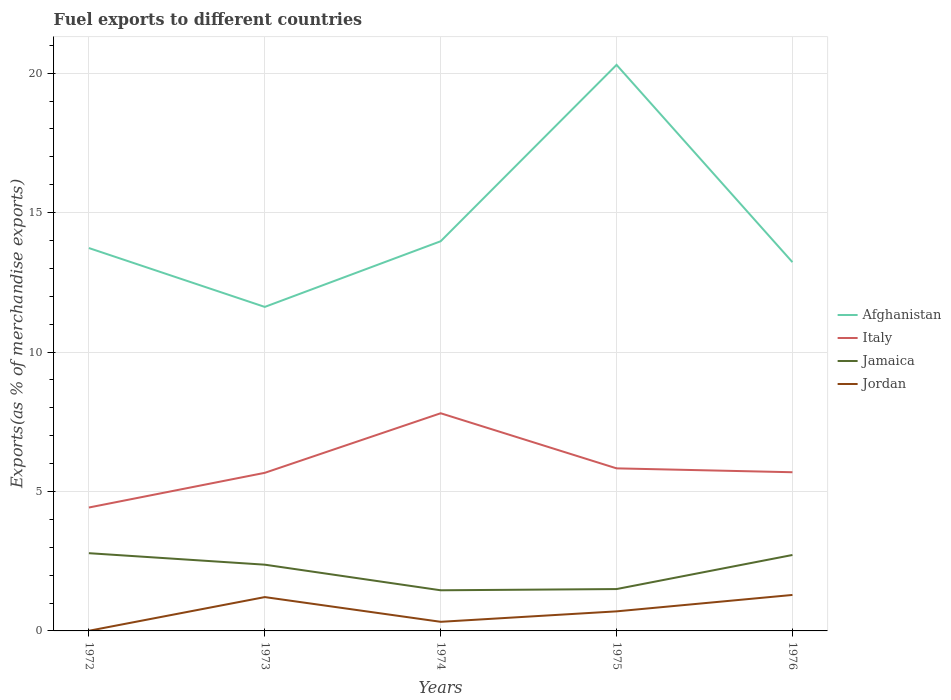
| Years | Afghanistan | Italy | Jamaica | Jordan |
 | --- | --- | --- | --- | --- |
 | 1972 | 13.7 | 4.43 | 2.79 | 0.00518 |
 | 1973 | 11.6 | 5.67 | 2.38 | 1.21 |
 | 1974 | 14 | 7.81 | 1.46 | 0.327 |
 | 1975 | 20.3 | 5.83 | 1.5 | 0.702 |
 | 1976 | 13.2 | 5.69 | 2.72 | 1.29 |